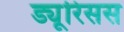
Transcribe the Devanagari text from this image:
ड्यूरिसस